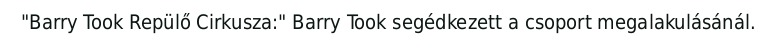
"Barry Took Repülő Cirkusza:" Barry Took segédkezett a csoport megalakulásánál.